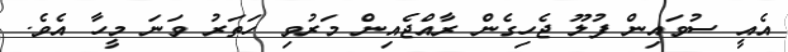
އެއީ ސުވައިން ފުލޫ ޖެހިގެން ރާއްޖެއިން މަރުވި ހަތަރު ވަނަ މީހާ އެވެ.